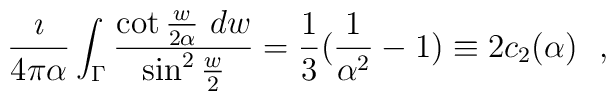
{\imath\over 4\pi\alpha}\int_{\Gamma}{\cot {w\over 2\alpha}~dw\over \sin^2{w\over 2}}={1\over 3}({1\over \alpha^2}-1)\equiv 2c_2(\alpha )~~,